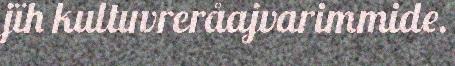
jïh kultuvreråajvarimmide.